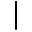
\vert